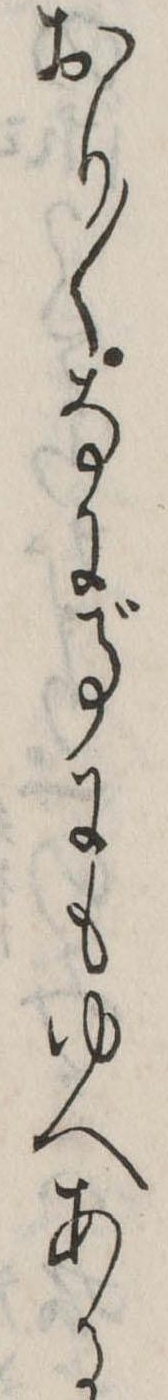
おり〱なに事にもゆへある